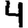
Digit: 4